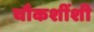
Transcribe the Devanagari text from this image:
चौकशींशी